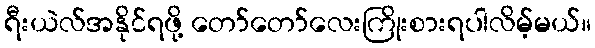
ရီးယဲလ်အနိုင်ရဖို့ တော်တော်လေးကြိုးစားရပါလိမ့်မယ်။